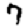
Digit: 7